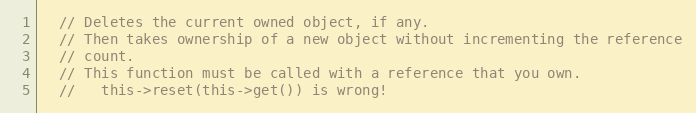
Language: C
  // Deletes the current owned object, if any.
  // Then takes ownership of a new object without incrementing the reference
  // count.
  // This function must be called with a reference that you own.
  //   this->reset(this->get()) is wrong!